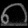
Digit: ၈